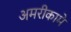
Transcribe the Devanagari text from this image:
अमरीकामें